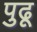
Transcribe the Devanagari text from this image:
पुढू